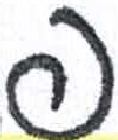
אות: ף